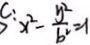
c : x ^ { 2 } - \frac { y ^ { 2 } } { b ^ { 2 } } = 1